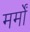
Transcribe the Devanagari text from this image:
मर्मों